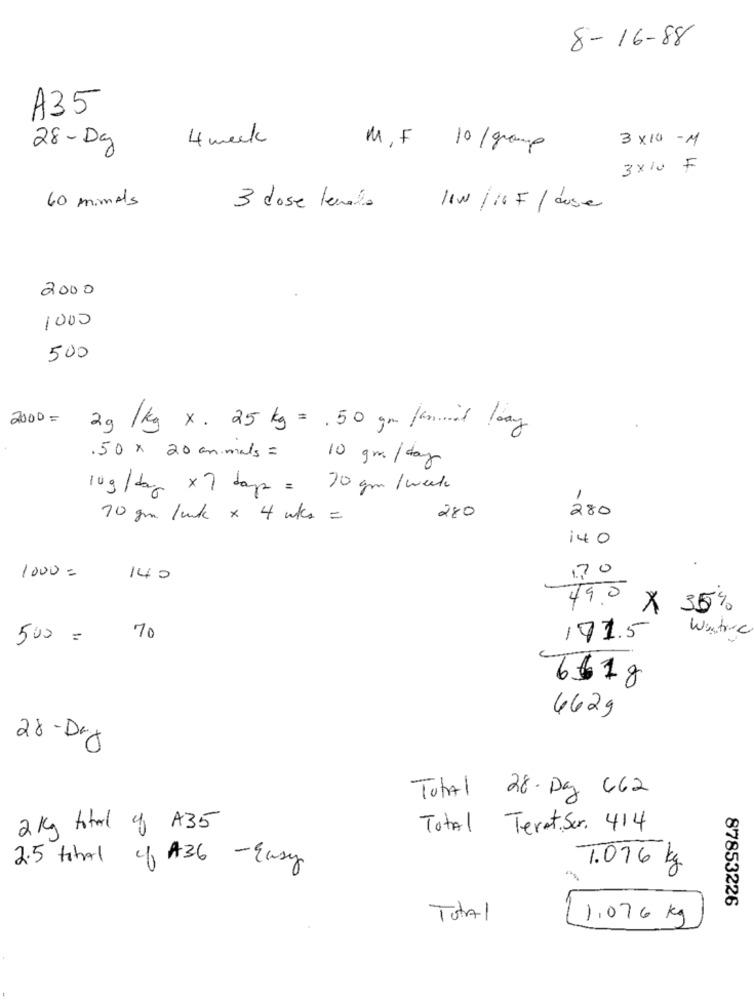
8-16-88
A35
4 week
3x10 -M
28-Dg
M. F 10/group
3×10 F
60 mimAls
£
3 dose lenado
11W/16 F / duse
2000
1000
500
2000=
2g /kg x. 25 kg = . 50 gm famed loay
.50 x 20 animals = 10 gm /day
10g/das x 7 days = 30 gm / week
1
280
70 gm /cck x 4 m/s =
280
140
170
1000 =
140
49.0 × 35%
Wastre
500 =
70
171.5
00
761g
4629
28-Day
Total 28. Dag 662
2Kg total of A35
Total Teret.Ser. 414
2.5 titAl 4/ A36 - Easy
1.076 kg
87853226
Total
1.076 kg